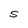
Character: S